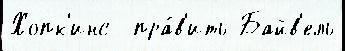
Хопк'инс  пра́в'ить Байв'ель